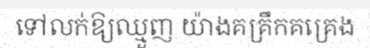
ទៅលក់ឱ្យឈ្មួញ យ៉ាងគគ្រឹកគគ្រេង